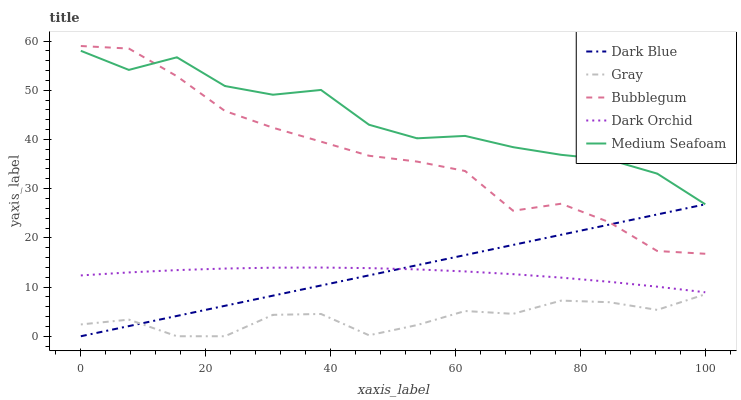
| xaxis_label | Dark Blue | Gray | Bubblegum | Dark Orchid | Medium Seafoam |
 | --- | --- | --- | --- | --- | --- |
 | 0 | 0 | 2.4 | 59 | 12.4 | 58 |
 | 7.69 | 2.06 | 3.38 | 58.5 | 13 | 54.1 |
 | 15.4 | 4.13 | 0 | 52.9 | 13.4 | 56.7 |
 | 23.1 | 6.19 | 0 | 45.8 | 13.8 | 50.9 |
 | 30.8 | 8.25 | 4.35 | 42.4 | 13.9 | 49.1 |
 | 38.5 | 10.3 | 4.53 | 39.6 | 14 | 50.1 |
 | 46.2 | 12.4 | 0.198 | 36.7 | 13.9 | 43 |
 | 53.8 | 14.4 | 2.28 | 35.5 | 13.6 | 40.2 |
 | 61.5 | 16.5 | 5.13 | 33.6 | 13.2 | 40.7 |
 | 69.2 | 18.6 | 4.56 | 25.5 | 12.6 | 38.4 |
 | 76.9 | 20.6 | 7.25 | 26.9 | 11.9 | 36.9 |
 | 84.6 | 22.7 | 6.92 | 23.2 | 11.1 | 35.9 |
 | 92.3 | 24.8 | 5.36 | 17.3 | 10.1 | 33.1 |
 | 100 | 26.8 | 8.53 | 16.8 | 8.94 | 26.8 |